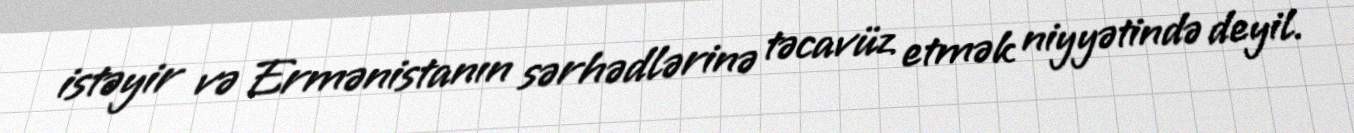
istəyir və Ermənistanın sərhədlərinə təcavüz etmək niyyətində deyil.